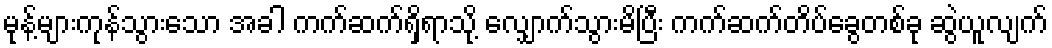
မုန့်များကုန်သွားသော အခါ ကက်ဆက်ရှိရာသို့ လျှောက်သွားမိပြီး ကက်ဆက်တိပ်ခွေတစ်ခု ဆွဲယူလျက်